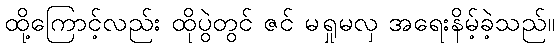
ထို့ကြောင့်လည်း ထိုပွဲတွင် ဇင် မရှုမလှ အရေးနိမ့်ခဲ့သည်။